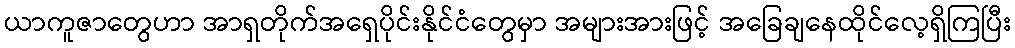
ယာကူဇာတွေဟာ အာရှတိုက်အရှေပိုင်းနိုင်ငံတွေမှာ အများအားဖြင့် အခြေချနေထိုင်လေ့ရှိကြပြီး